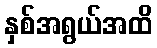
နှစ်အရွယ်အထိ